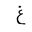
Letter: _gayn